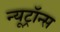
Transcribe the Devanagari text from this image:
न्यूट्रॉन्स